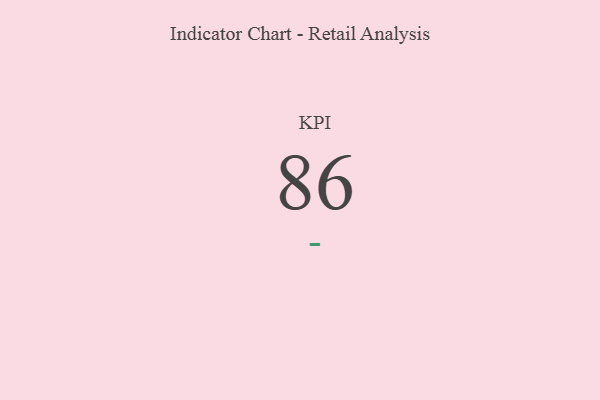
{"axis": {"x": "KPI", "y": "Value"}, "legend": [""], "data": [{"x": "KPI", "y": 86, "type": ""}]}